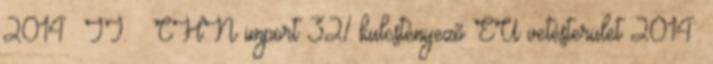
2014 II.  CHN import 32% kulcstényező EU vetésterület 2014: